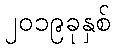
၂၀၁၉ခုနှစ်